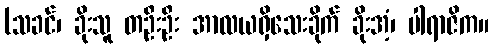
(သခင်၊ ခိုးသူ တဦးဦး အာလယရှိသေးခိုက် ခိုးအံ့၊ ပါရာဇိက။